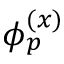
\phi _ { p } ^ { ( x ) }